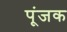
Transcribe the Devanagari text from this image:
पूंजक